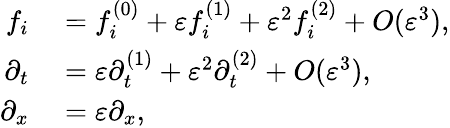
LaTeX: \begin{array}{rl}{f_{i}}&{{}=f_{i}^{(0)}+\varepsilon f_{i}^{(1)}+\varepsilon^{2}f_{i}^{(2)}+O(\varepsilon^{3}),}\\ {\partial_{t}}&{{}=\varepsilon\partial_{t}^{(1)}+\varepsilon^{2}\partial_{t}^{(2)}+O(\varepsilon^{3}),}\\ {\partial_{x}}&{{}=\varepsilon\partial_{x},}\end{array}